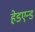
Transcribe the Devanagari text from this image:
हेडएन्ड